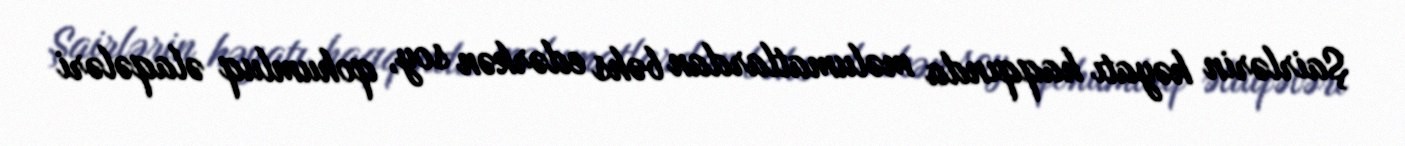
Şairlərin həyatı haqqında məlumatlardan bəhs edərkən soy, qohumluq əlaqələri